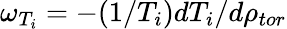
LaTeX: \omega_{T_{i}}=-(1/T_{i})dT_{i}/d\rho_{tor}